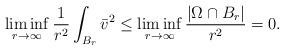
LaTeX: \begin{align*}\liminf_{r \to \infty} \frac{1}{r^2} \int_{B_r} {\bar v}^2 \le \liminf_{r \to \infty} \frac{|\Omega \cap B_r|}{r^2} = 0.\end{align*}